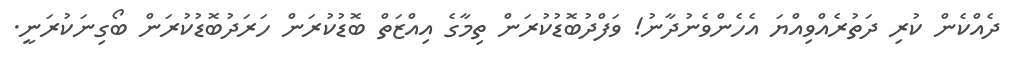
ދެއްކެން ކުރި ދަތުރެއްވިއްޔަ އެހެންވެނުދާނު! ވަފްދުބޮޑުކުރަން ތިމާގެ އިއްޒަތް ބޮޑުކުރަން ހަރަދުބޮޑުކުރަން ބޯގިނަކުރަނީ.